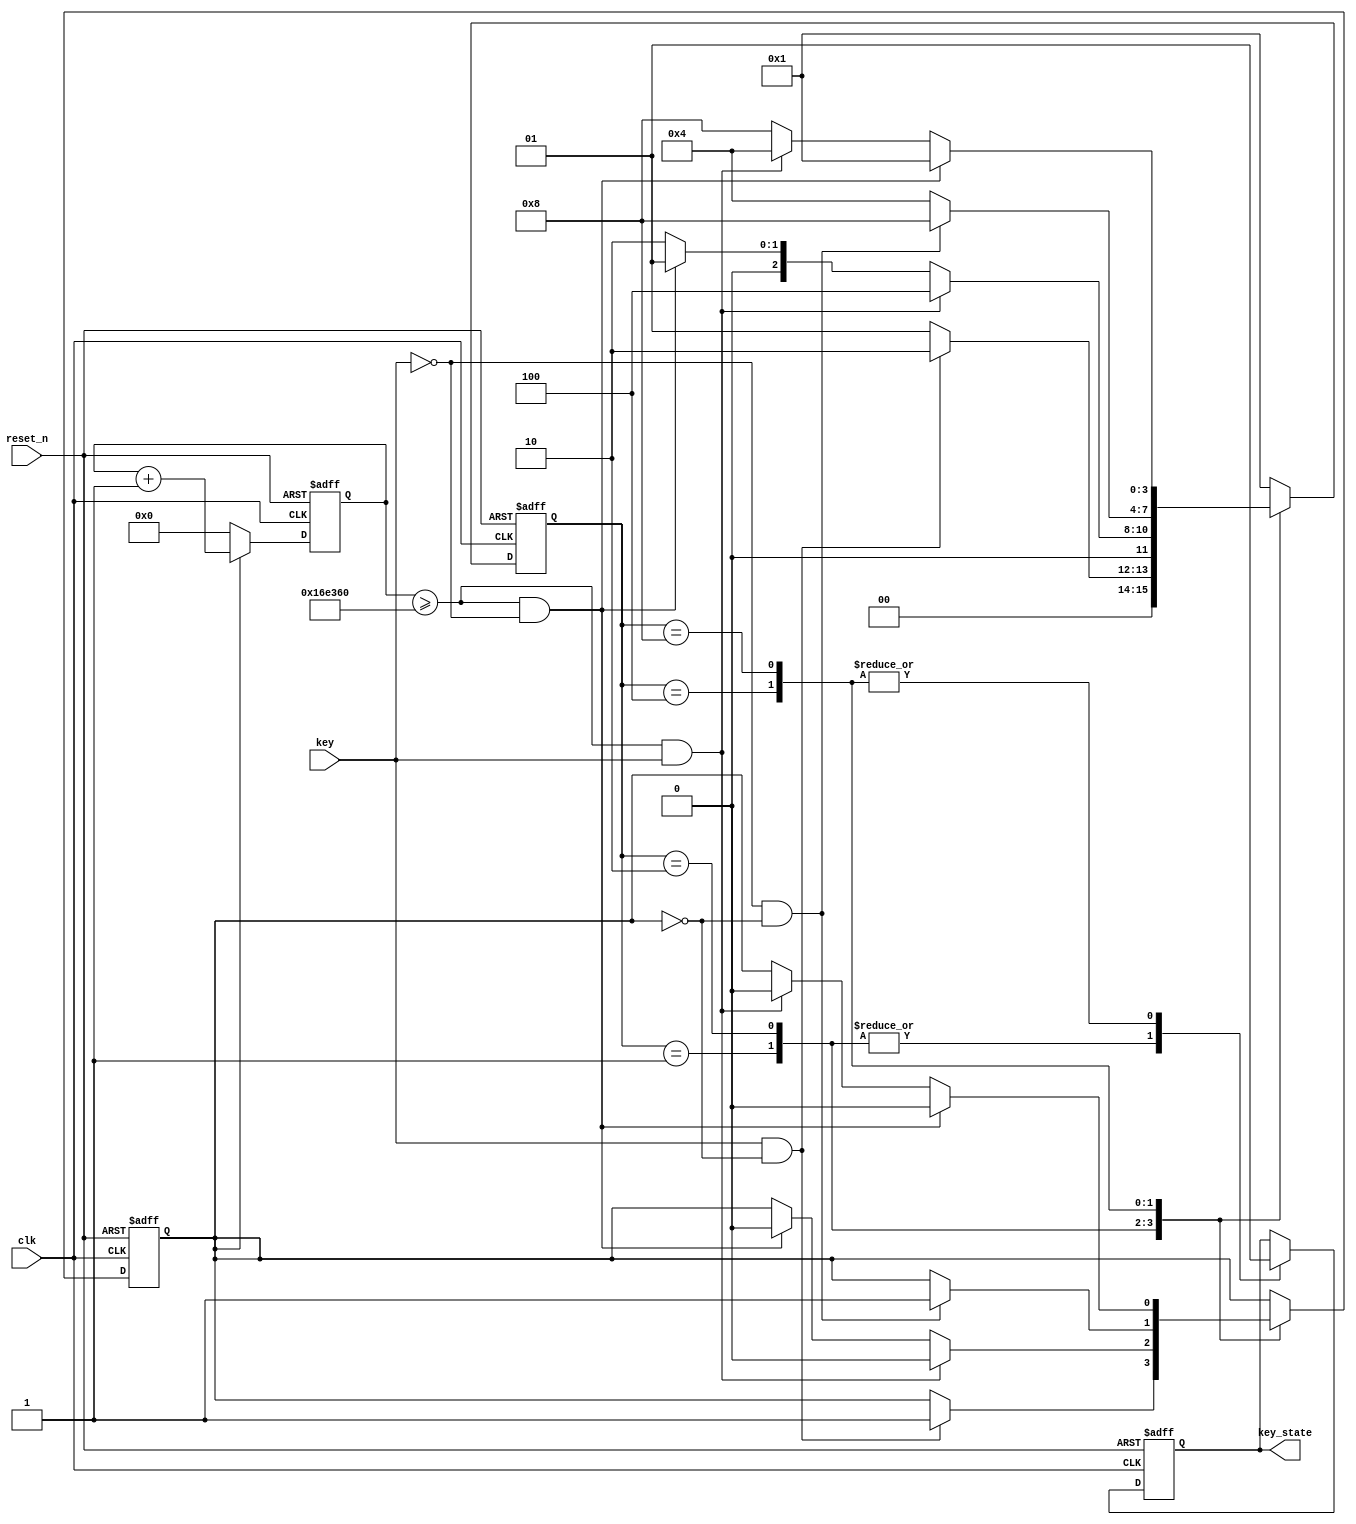
module ly_2257_5_1(clk,reset_n,key,key_state);//
	input clk,reset_n,key;//clk50MHzreset_nkey
	output key_state;//

	reg cnt_en;    //
	reg [20:0] cnt;//
	reg [3:0] state;//
	reg key_state;
	
	parameter key0 = 4'b0001;//
	parameter key1 = 4'b0010;//
	parameter key2 = 4'b0100;//
	parameter key3 = 4'b1000;//

	always@(posedge clk,negedge reset_n)//
		begin
		  if(!reset_n) 
				cnt <= 0;//reset_n
		  else if(cnt_en) 
				cnt <= cnt + 1'b1;//
		  else 
				cnt <= 0;
		end
	
	always@(posedge clk,negedge reset_n)//
		begin
		  if(!reset_n)//reset_n
				begin
				 state <= key0;
				 cnt_en <= 0;
				 key_state <= 0;
				end
			else 
				begin
					case(state)
						key0://
							begin
								key_state <= 1'b0;//0
								if(key==1&&cnt_en==0) //1
									begin
										state <= key1;//
										cnt_en <= 1'b1;//
									end
								else
									state <= key0;//
							end
						key1://
							begin
								key_state <= 1'b0;//0
//102010ms50w10ms
								if(cnt >= 21'd150_0000&&key==1) 
//1
									begin
										state <= key2;//
										cnt_en <= 1'b0;//
									end
								else if (cnt >= 21'd150_0000&&key==0)
//1
									begin
										state <= key0;//
										cnt_en <= 1'b0;//
									end
								else 
									state <= key1;//
							end
						key2://
							begin
								key_state <= 1'b1;//1
								if(key==0&&cnt_en==0) 
//0
									begin
										state <= key3;//
										cnt_en <= 1'b1;//
									end
								else 
									state <= key2;//
							end
						key3://
							begin
								key_state <= 1'b1;//1
								if(cnt >= 21'd150_0000&&key==0) 
//0
									begin
										state <= key0;//
										cnt_en <= 1'b0;//
									end
								else if (cnt >= 21'd150_0000&&key==1)
//1
									begin
										state <= key2;//
										cnt_en <= 1'b0;//
									end
								else 
									state <= key3;//
							end
						
					default:
						state <= key0;//
				endcase
			end
		end
endmodule